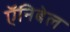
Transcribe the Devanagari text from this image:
ऍनिबेल